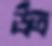
উত